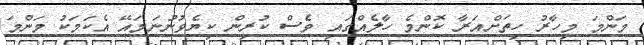
މަންމަ މިހާރު ހިތަށްއަރާ ކޮންމެ ހާލެއްގައި ވެސް ކުރިން ކިޔެވުނުނަމައޭ އެކަމަކު މަންމަ